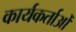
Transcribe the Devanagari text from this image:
कार्यकर्ताओँ